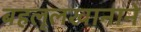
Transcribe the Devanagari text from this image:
बहलूलखानाने